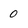
Character: 0